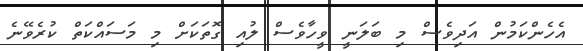
އެހެންކަމުން އަދިވެސް މި ބަލަނީ ވީހާވެސް ލުއި ގޮތަކަށް މި މަސަައްކަތް ކުރެވޭނެ